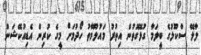
ލާލޭ ސްކޫލުގެ ބީލަމާ ގުޅޭގޮތުން އިތުރު މައުލޫމާތު ހޯދުމަށް މީގެ ކުރިން އެޑިއުކޭޝަން